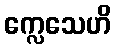
က္လေသေဟိ